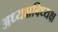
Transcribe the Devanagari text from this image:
अध्यक्षबिध्यक्ष